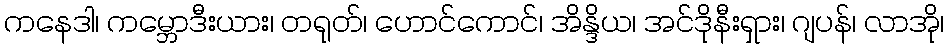
ကနေဒါ၊ ကမ္ဘောဒီးယား၊ တရုတ်၊ ဟောင်ကောင်၊ အိန္ဒိယ၊ အင်ဒိုနီးရှား၊ ဂျပန်၊ လာအို၊